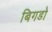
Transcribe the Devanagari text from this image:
बिगडो